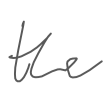
Text: the
Cross-out: clean
Writing tool: digital_gray